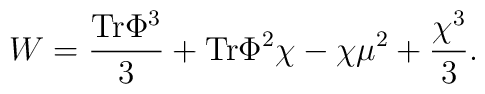
W = {{\rm Tr}\Phi^3\over 3} + {\rm Tr}\Phi^2 \chi - \chi\mu^2 +{\chi^3 \over 3}.